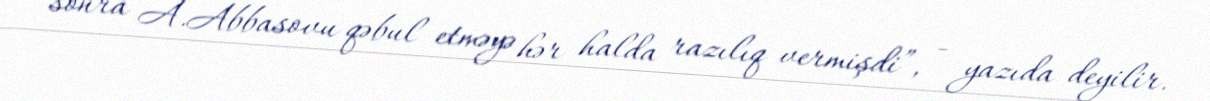
sonra A.Abbasovu qəbul etməyə hər halda razılıq vermişdi”, - yazıda deyilir.